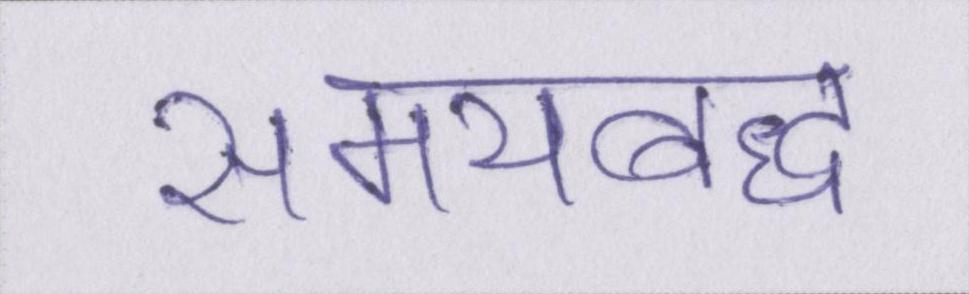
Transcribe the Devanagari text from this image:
समयबद्ध